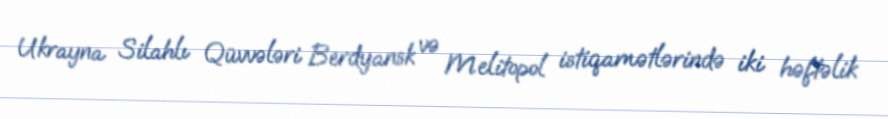
Ukrayna Silahlı Qüvvələri Berdyansk və Melitopol istiqamətlərində iki həftəlik